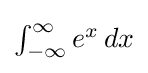
{\textstyle \int _{-\infty }^{\infty }e^{x}\,dx}